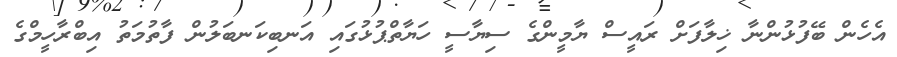
އެހެން ބޭފުޅުންނާ ޚިލާފަށް ރައީސް ޔާމީންގެ ސިޔާސީ ހަޔާތްޕުޅުގައި އަނބިކަނބަލުން ފާތުމަތު އިބްރާހީމްގެ